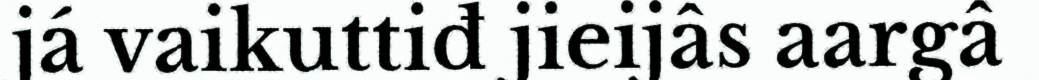
já vaikuttiđ jieijâs aargâ